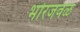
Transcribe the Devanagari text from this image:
भोरजवळ